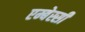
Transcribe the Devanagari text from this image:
एम्बेस्सी